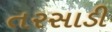
તરસાડી